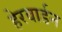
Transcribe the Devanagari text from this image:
हेरवार्डन